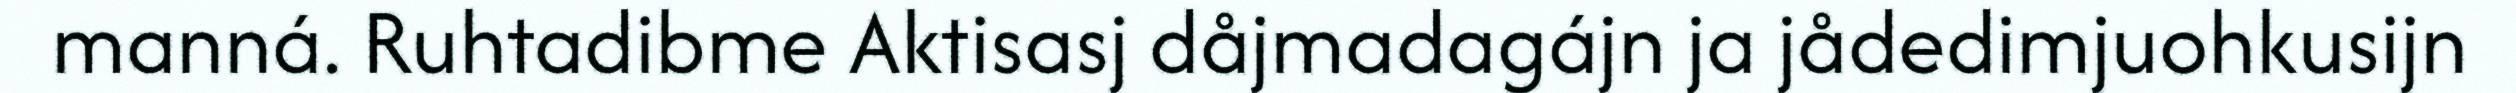
manná. Ruhtadibme Aktisasj dåjmadagájn ja jådedimjuohkusijn